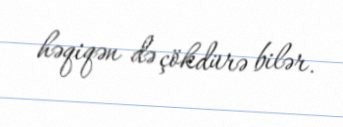
həqiqən də çökdürə bilər.